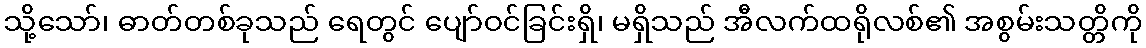
သို့သော်၊ ဓာတ်တစ်ခုသည် ရေတွင် ပျော်ဝင်ခြင်းရှိ၊ မရှိသည် အီလက်ထရိုလစ်၏ အစွမ်းသတ္တိကို